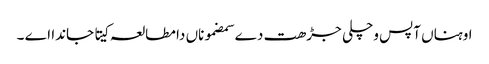
اوہناں آپس وچلی جڑھت دے سمضموناں دا مطالعہ کیتا جاندا اے ۔